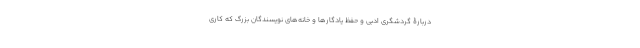
دربارۀ گردشگری ادبی و حفظ یادگارها و خانه‌های نویسندگان بزرگ که کاری